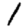
Digit: 1